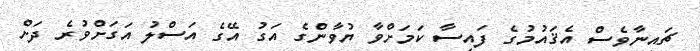
ޗައިނާވެސް އެޤައުމުގެ ފައިސާ ކަމަށްވާ ޔުވާންގެ އަގު އޭގެ އަސްލު އަގަށްވުރެ ދަށް